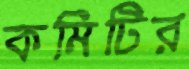
কমিটির